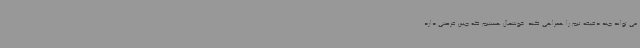
می تواند چند دقیقه تیم را همراهی کند. خوشحال هستیم که چنین فرصتی دارد.